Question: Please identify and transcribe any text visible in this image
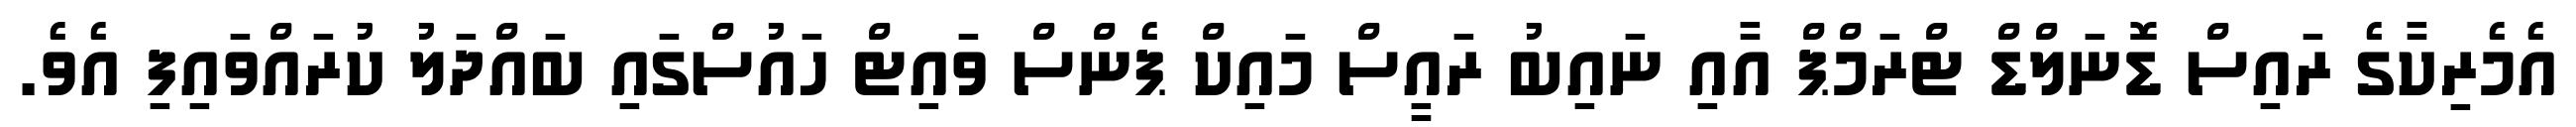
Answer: އެމެރިކާގެ ރައިސް ޑޮނަލްޑް ޓްރަމްޕް އާއި ނައިބު ރައީސް މައިކް ޕެންސް ވައިޓް ހައުސްގައި ބައްދަލު ކުރައްވައިފި އެވެ.